Report of the Indian Hemp Drugs Commission, 1894-1895 - Volume VI
Year: 1894
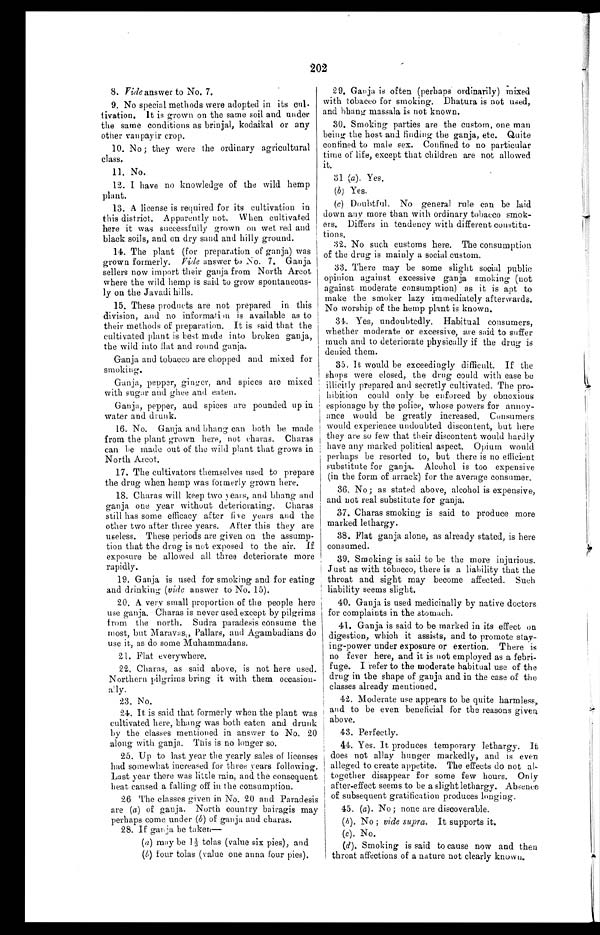
202
8.
Vide answer to No. 7.
9. No special methods were adopted in its cul-
tivation. It is grown on the same soil and under
the same conditions as brinjal, kodaikal or any
other vanpayir crop.
10. No; they were the ordinary agricultural
class.
11. No.
12. I have no knowledge of the wild hemp
plant.
13. A license is required for its cultivation in
this district. Apparently not. When cultivated
here it was successfully grown on wet red and
black soils, and on dry sand and hilly ground.
14. The plant (for preparation of ganja) was
grown formerly. Vide answer to No. 7. Ganja
sellers now import their ganja from North Arcot
where the wild hemp is said to grow spontaneous
- l y o n
t h e J a v a d i h i l l s .
15. These products are not prepared in this
division, and no information is available as to
their methods of preparation. It is said that the
cultivated plant is best made into broken ganja,
the wild into flat and round ganja.
Ganja and tobacco are chopped and mixed for
smoking.
Ganja, pepper, ginger, and spices are mixed
with sugar and ghee and eaten.
Ganja, pepper, and spices are pounded up in
water and drunk.
16. No. Ganja and bhang can both be made
from the plant grown here, not charas. Charas
can be made out of the wild plant that grows in
North Arcot.
17. The cultivators themselves used to prepare
the drug when hemp was formerly grown here.
18. Charas will keep two years, and bhang and
ganja one year without deteriorating. Charas
still has some efficacy after five years and the
other two after three years. After this they are
useless. These periods are given on the assump
- t i o n t h a t t h e d r u g i s n o t e x p o s e d t o t h e a i r . I f
exposure be allowed all three deteriorate more
rapidly.
19. Ganja is used for smoking and for eating
and drinking (vide answer to No. 15).
20. A very small proportion of the people here
use ganja. Charas is never used except by pilgrims
from the north. Sudra paradesis consume the
most, but Maravas, Pallars, and Agambadians do
use it, as do some Muhammadans.
21. Flat everywhere.
22, Charas, as said above, is not here used.
Northern pilgrims bring it with them occasion-
ally.
23. No.
24. It is said that formerly when the plant was
cultivated here, bhang was both eaten and drunk
by the classes mentioned in answer to No. 20
along with ganja. This is no longer so.
25. Up to last year the yearly sales of licenses
had somewhat increased for three years following.
Last year there was little rain, and the consequent
heat caused a falling off in the consumption.
26 The classes given in No. 20 and Paradesis
are (a) of ganja. North country bairagis may
perhaps come under (b) of ganja and charas.
28. If ganja be taken
—
(a) may be 1 1/3 tolas (value six pies), and
(b) four toles (value one anna four pies).
29. Ganja is often (perhaps ordinarily) mixed
with tobacco for smoking. Dhatura is not used,
and bhang massala is not known.
30. Smoking parties are the custom, one man
being the host and finding the ganja, etc. Quite
confined to male sex. Confined to no particular
time of life, except that children are not allowed
it.
31 (a). Yes.
(b) Yes.
(c) Doubtful. No general rule can be laid
down any more than with ordinary tobacco smok-
ers. Differs in tendency with different constitu-
tions.
32. No such customs here. The consumption
of the drug is mainly a social custom.
33. There may be some slight social public
opinion against excessive ganja smoking (not
against moderate consumption) as it is apt to
make the smoker lazy immediately afterwards.
No worship of the hemp plant is known.
34. Yes, undoubtedly. Habitual consumers,
whether moderate or excessive, are said to suffer
much and to deteriorate physically if the drug is
denied them.
35. It would be exceedingly difficult. If the
shops were closed, the drug could with ease be
illicitly prepared and secretly cultivated, The pro-
hibition could only be enforced by obnoxious
espionage by the police, whose powers for annoy-
ance would be greatly increased. Consumers
would experience undoubted discontent, but here
they are so few that their discontent would hardly
have any marked political aspect. Opium would
perhaps be resorted to, but there is no efficient
substitute for ganja. Alcohol is too expensive
(in the form of arrack) for the average consumer.
36. No; as stated above, alcohol is expensive,
and not real substitute for ganja.
37. Charas smoking is said to produce more
marked lethargy.
38. Flat ganja alone, as already stated, is here
consumed.
39. Smoking is said to be the more injurious.
Just as with tobacco, there is a liability that the
throat and sight may become affected. Such
liability seems slight.
40. Ganja is used medicinally by native doctors
for complaints in the stomach.
41. Ganja is said to he marked in its effect on
digestion, which it assists, and to promote stay-
ing-power under exposure or exertion. There is
no fever here, and it is not employed as a febri-
fuge. I refer to the moderate habitual use of the
drug in the shape of ganja and in the case of the
classes already mentioned.
42. Moderate use appears to be quite harmless,
and to be even beneficial for the reasons given
above.
43. Perfectly.
44. Yes. It produces temporary lethargy. It
does not allay hunger markedly, and is even
alleged to create appetite. The effects do not al
- t o g e t h e r d i s a p p e a r f o r s o m e f e w h o u r s . O n l y
after-effect seems to be a slight lethargy. Absence
of subsequent gratification produces longing.
45. (a). No; none are discoverable.
(b). No; vide supra. It supports it.
(c). No.
(d), Smoking is said to cause now and then
throat affections of a nature not clearly known.